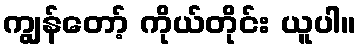
ကျွန်တော့် ကိုယ်တိုင်း ယူပါ။